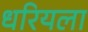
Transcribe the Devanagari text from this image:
धरियला